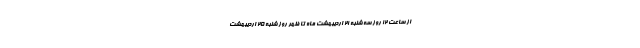
از ساعت ۱۲ روز سه شنبه ۲۱ اردیبهشت ماه تا ظهر روز شنبه ۲۵ اردیبهشت